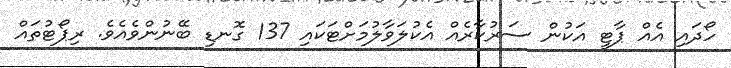
ހޯދައި އެއް ޕާޓީ އަކުން ސަރުކާރެއް އެކުލަވާލުމަށްޓަކައި 137 ގޮނޑި ބޭނުންވެއެވެ. ރިޕޯޓުތައް